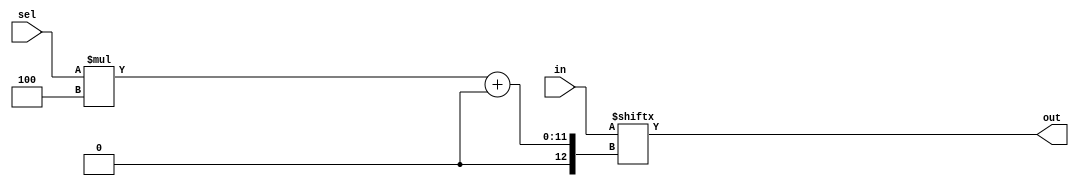
module top_module( 
    input [1023:0] in,
    input [7:0] sel,
    output [3:0] out );

    assign out = in[sel * 4 +: 4];

endmodule